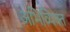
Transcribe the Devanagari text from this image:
अभिव्यिक्त